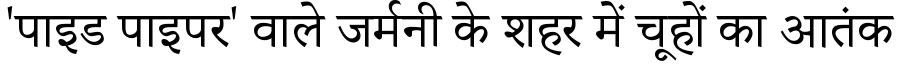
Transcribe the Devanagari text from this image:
'पाइड पाइपर' वाले जर्मनी के शहर में चूहों का आतंक